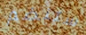
ستنضم